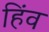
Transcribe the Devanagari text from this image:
हिंव